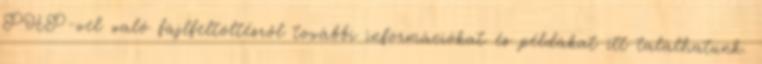
PHP-vel való fájlfeltöltésről további információkat és példákat itt találhatunk.